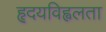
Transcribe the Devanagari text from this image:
हृदयविह्वलता